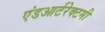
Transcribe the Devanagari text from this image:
एंडआर्टरेक्टमी